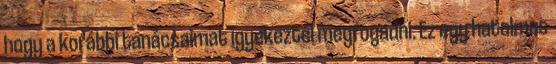
hogy a korábbi tanácsaimat igyekeztél megfogadni. Ez egy hatalmas